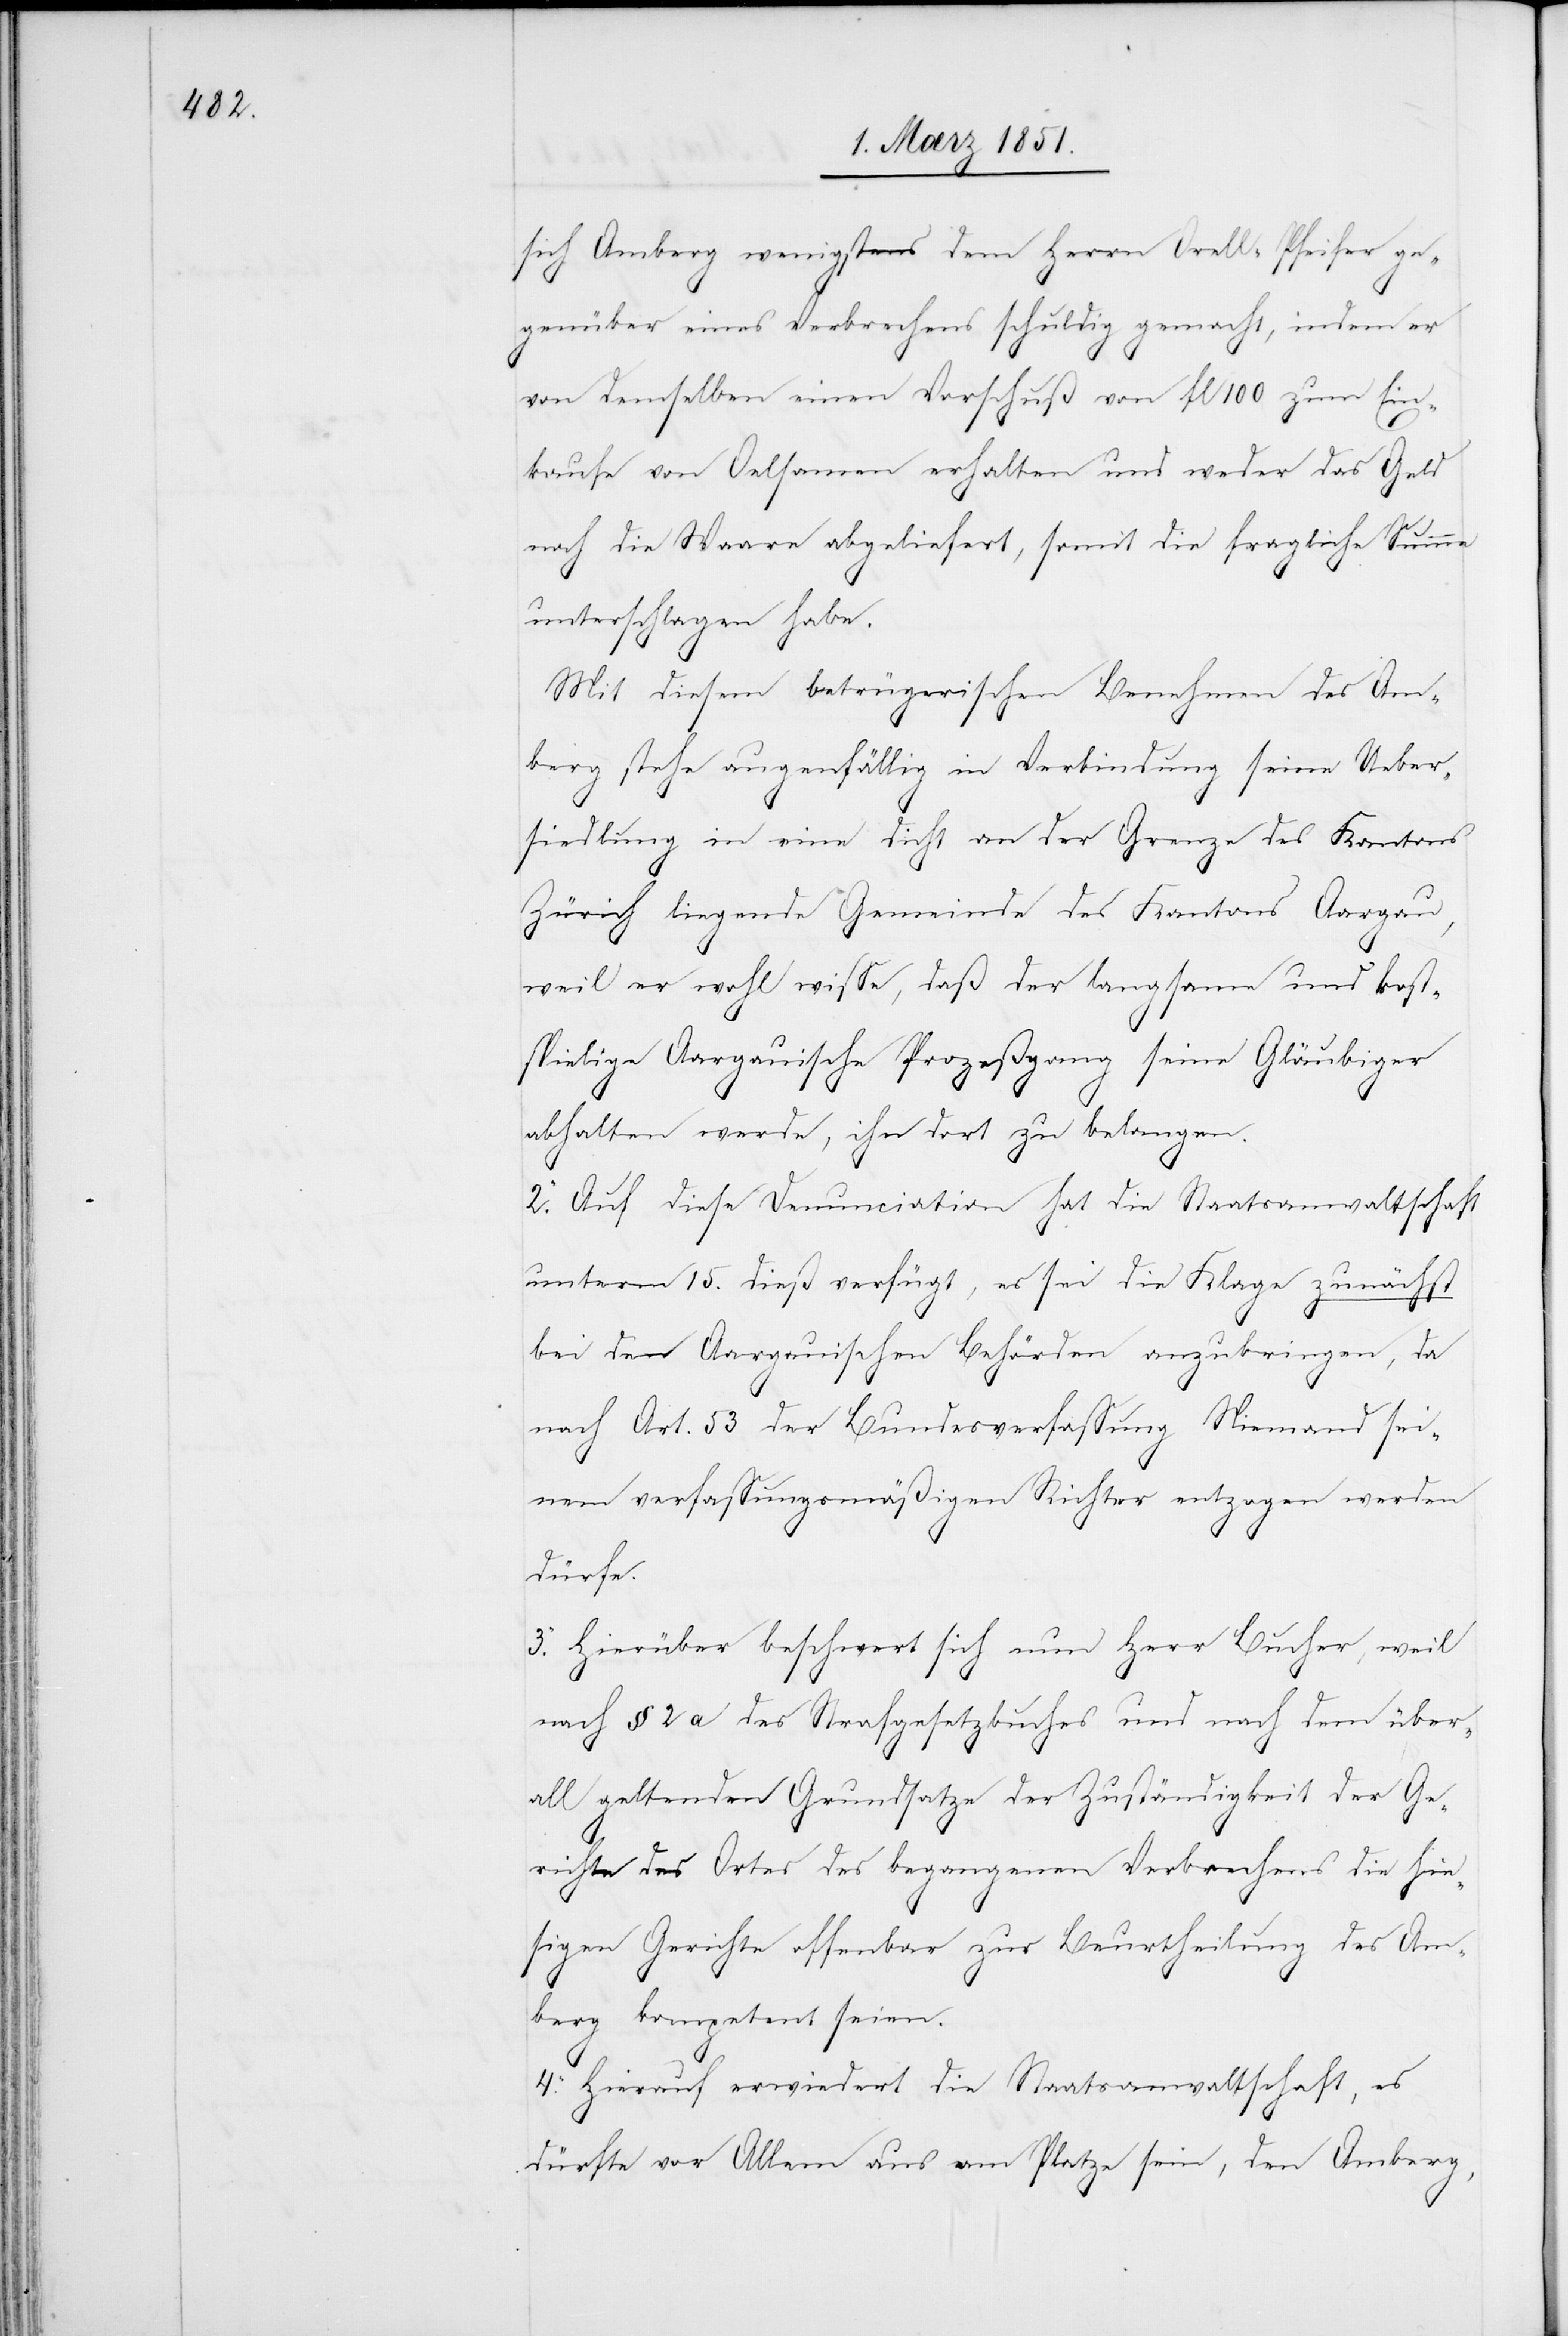
sich Amberg wenigstens dem Herrn Orell-Pfeifer
gegenüber eines Verbrechens schuldig gemacht, indem er
von demselben einen Vorschuß von fl 100 zum Ein¬
kaufe von Oelsamen erhalten und weder das Geld
noch die Waare abgeliefert, somit die fragliche Summe
unterschlagen habe.
Mit diesem betrügerischen Benehmen des Am¬
berg stehe augenfällig in Verbindung seine Ueber¬
siedlung in eine dicht an der Grenze des Kantons
Zürich liegende Gemeinde des Kantons Aargau,
weil er wohl wisse, daß der langsame und kost¬
spielige Aargauische Prozeßgang seine Gläubiger
abhalten werde, ihn dort zu belangen.
2. Auf diese Denunciation hat die Staatsanwaltschaft
unterm 15. dieß verfügt, es sei die Klage zunächst
bei den Aargauischen Behörden anzubringen, da
nach Art. 53 der Bundesverfassung Niemand sei¬
nem verfassungsmäßigen Richter entzogen werden
dürfe.
3. Hierüber beschwert sich nun Herr Bucher, weil
nach § 2 a des Strafgesetzbuches und nach dem über¬
all geltenden Grundsatze der Zuständigkeit der Ge¬
richte des Ortes des begangenen Verbrechens die hie¬
sigen Gerichte offenbar zur Beurtheilung des Am¬
berg kompetent seien.
4. Hierauf erwiedert die Staatsanwaltschaft, es
dürfte vor Allem aus am Platze sein, den Amberg,